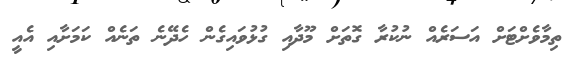
ތިމާވެށްޓަށް އަސަރެއް ނުކުރާ ގޮތަށް މޫދާއި ގުޅުވައިގެން ހެދޭނެ ތަނެއް ކަމަށާއި އެއީ